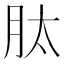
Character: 肽